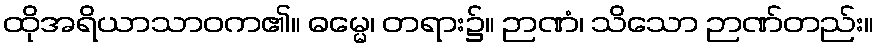
ထိုအရိယာသာဝက၏။ ဓမ္မေ၊ တရား၌။ ဉာဏံ၊ သိသော ဉာဏ်တည်း။